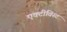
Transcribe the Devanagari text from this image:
एक्टीविस्ट